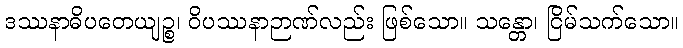
ဒဿနာဓိပတေယျဉ္စ၊ ဝိပဿနာဉာဏ်လည်း ဖြစ်သော။ သန္တော၊ ငြိမ်သက်သော။